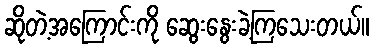
ဆိုတဲ့အကြောင်းကို ဆွေးနွေးခဲ့ကြသေးတယ်။